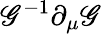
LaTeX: \mathscr{G}^{-1}\partial_{\mu}\mathscr{G}